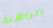
الراهنة